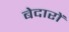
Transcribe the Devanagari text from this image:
बेदारों